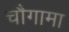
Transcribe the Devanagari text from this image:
चौगामा